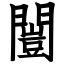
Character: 闓